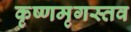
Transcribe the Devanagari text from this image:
कृष्णमृगस्तव